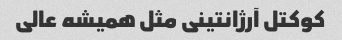
کوکتل آرژانتینی مثل همیشه عالی